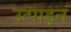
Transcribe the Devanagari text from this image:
उत्पाड़न